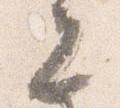
元